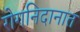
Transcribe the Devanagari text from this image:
रोगनिदानात